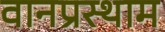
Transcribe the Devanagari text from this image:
वानप्रस्थाम